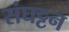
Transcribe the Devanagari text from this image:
संघट्टन